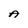
Character: A